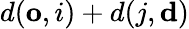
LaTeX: d(\mathbf{o},i)+d(j,\mathbf{d})